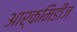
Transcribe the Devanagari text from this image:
आर्कमिडीज